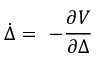
\dot { \Delta } = ~ - \frac { \partial V } { \partial \Delta }